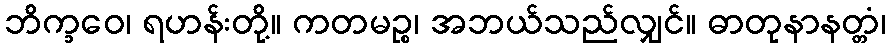
ဘိက္ခဝေ၊ ရဟန်းတို့။ ကတမဉ္စ၊ အဘယ်သည်လျှင်။ ဓာတုနာနတ္တံ၊